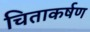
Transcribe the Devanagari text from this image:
चिताकर्षण